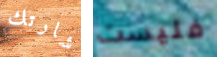
شارتك فليست